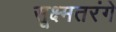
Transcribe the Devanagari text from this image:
सूक्ष्मतरंगे